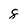
Character: 8